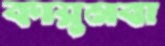
কায়ুমবা